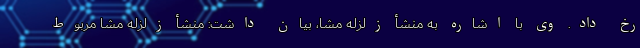
رخ داد. وی با اشاره به منشأ زلزله مشا، بیان داشت: منشأ زلزله مشا مربوط